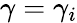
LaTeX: \gamma=\gamma_{i}